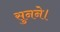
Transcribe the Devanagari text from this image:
सुनने।